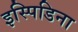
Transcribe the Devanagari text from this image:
इस्पिडिना